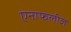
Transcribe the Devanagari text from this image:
एनाफलीज